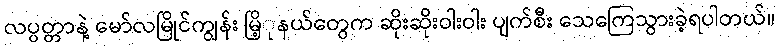
လပ္ပတ္တာနဲ့ မော်လမြိုင်ကျွန်း မြိ့ုနယ်တွေက ဆိုးဆိုးဝါးဝါး ပျက်စီး သေကြေသွားခဲ့ရပါတယ်။